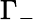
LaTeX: \Gamma_{-}